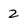
Character: 2